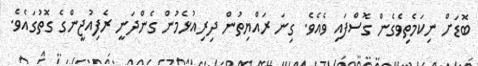
ބޮޑަށް ނިކަމެތިވެގެން ގޮސްފައި ވެއެވެ. ގިނަ ރައްޔިތުން ދިރިއުޅެމުން ގެންދަނީ ރެފިއުޖީންގެ ގޮތުގައެވެ.